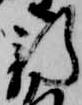
新